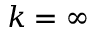
k = \infty